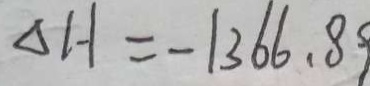
\Delta H = - 1 3 6 6 . 8 9